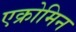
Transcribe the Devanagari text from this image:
एक्रोमिन